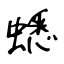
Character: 蟋